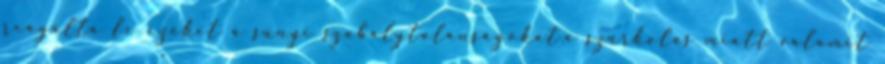
reagálta le ezeket a súnyi szabálytalanságokat.a szúrkolás miatt valamit